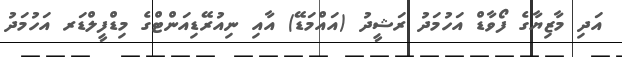
އަދި މާޒިޔާގެ ފޯވާޑް އަހުމަދު ރަޝީދު (އައްމަޑޭ) އާއި ނިއުރޭޑިއަންޓްގެ މިޑްފީލްޑަރ އަހުމަދު